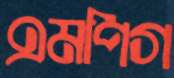
এমপিগ